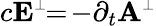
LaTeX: c{\mathbf E}^{\scriptscriptstyle\perp}\! \! =\! -\partial_{t}{\mathbf A}^{\scriptscriptstyle\perp}